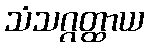
သံသဂ္ဂတ္ထာယ